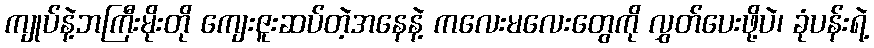
ကျုပ်နဲ့ဘကြီးမိုးတို ကျေးဇူးဆပ်တဲ့အနေနဲ့ ကလေးမလေးတွေကို လွှတ်ပေးဖို့ပဲ၊ ခုံပန်းရဲ့